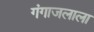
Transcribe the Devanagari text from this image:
गंगाजलाला